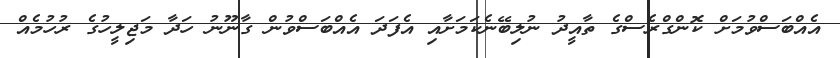
އެއްބަސްވުމަށް ކޮންގްރެސްގެ ތާއީދު ނުލިބޭނެކަމަށާއި އެފަދަ އެއްބަސްވުން ގާނޫނު ހަދާ މަޖިލީހުގެ ރުހުމެއް